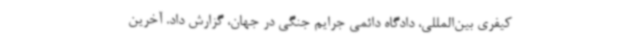
کیفری بین‌المللی، دادگاه دائمی جرایم جنگی در جهان، گزارش داد. آخرین